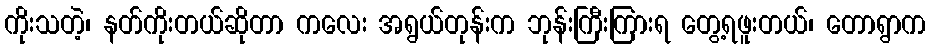
ကိုးသတဲ့၊ နတ်ကိုးတယ်ဆိုတာ ကလေး အရွယ်တုန်းက ဘုန်းကြီးကြားရ တွေ့ရဖူးတယ်၊ တောရွာက